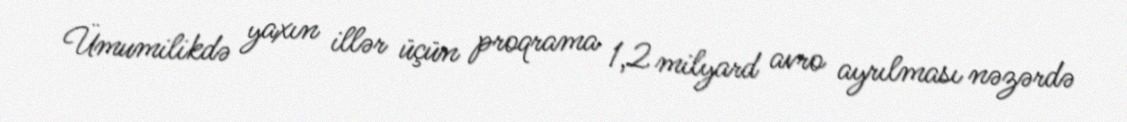
Ümumilikdə yaxın illər üçün proqrama 1,2 milyard avro ayrılması nəzərdə